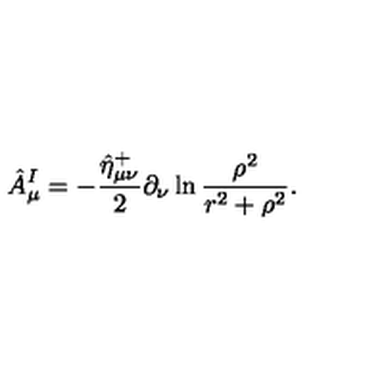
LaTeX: \hat { A } _ { \mu } ^ { I } = - \frac { \hat { \eta } _ { \mu \nu } ^ { + } } 2 \partial _ { \nu } \ln \frac { \rho ^ { 2 } } { r ^ { 2 } + \rho ^ { 2 } } .